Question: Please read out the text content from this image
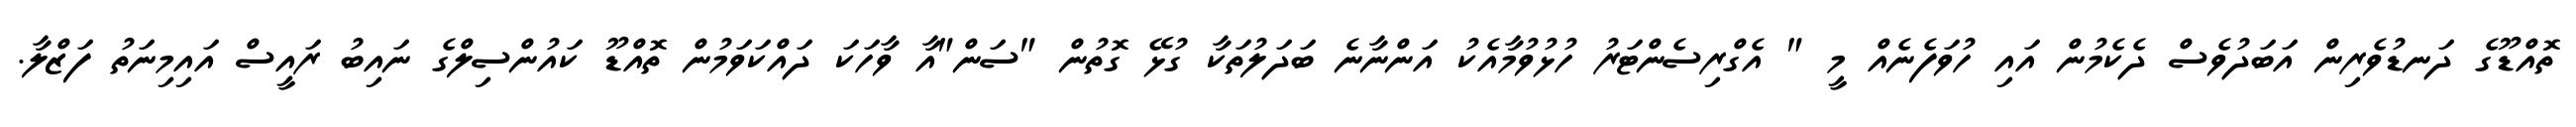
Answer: ތޮއްޑޫގެ ދަނޑުވެރިން އަބަދުވެސް ދެކެމުން އައި ހުވަފެނެއް މީ " އެގްރިސެންޓަރު ހުޅުވުމާއެކު އަންނާނެ ބަދަލުތަކާ ގުޅޭ ގޮތުން "ސަން"އާ ވާހަކަ ދައްކަވަމުން ތޮއްޑޫ ކައުންސިލްގެ ނައިބު ރައީސް އައިމިނަތު ފަޒްލާ.